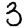
Digit: 3